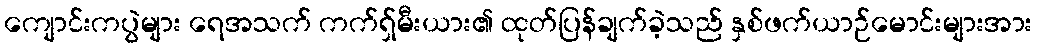
ကျောင်းကပွဲများ ရေအသက် ကက်ရှ်မီးယား၏ ထုတ်ပြန်ချက်ခဲ့သည် နှစ်ဖက်ယာဉ်မောင်းများအား